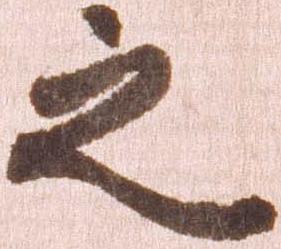
之